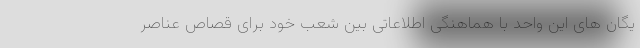
یگان های این واحد با هماهنگی اطلاعاتی بین شعب خود برای قصاص عناصر